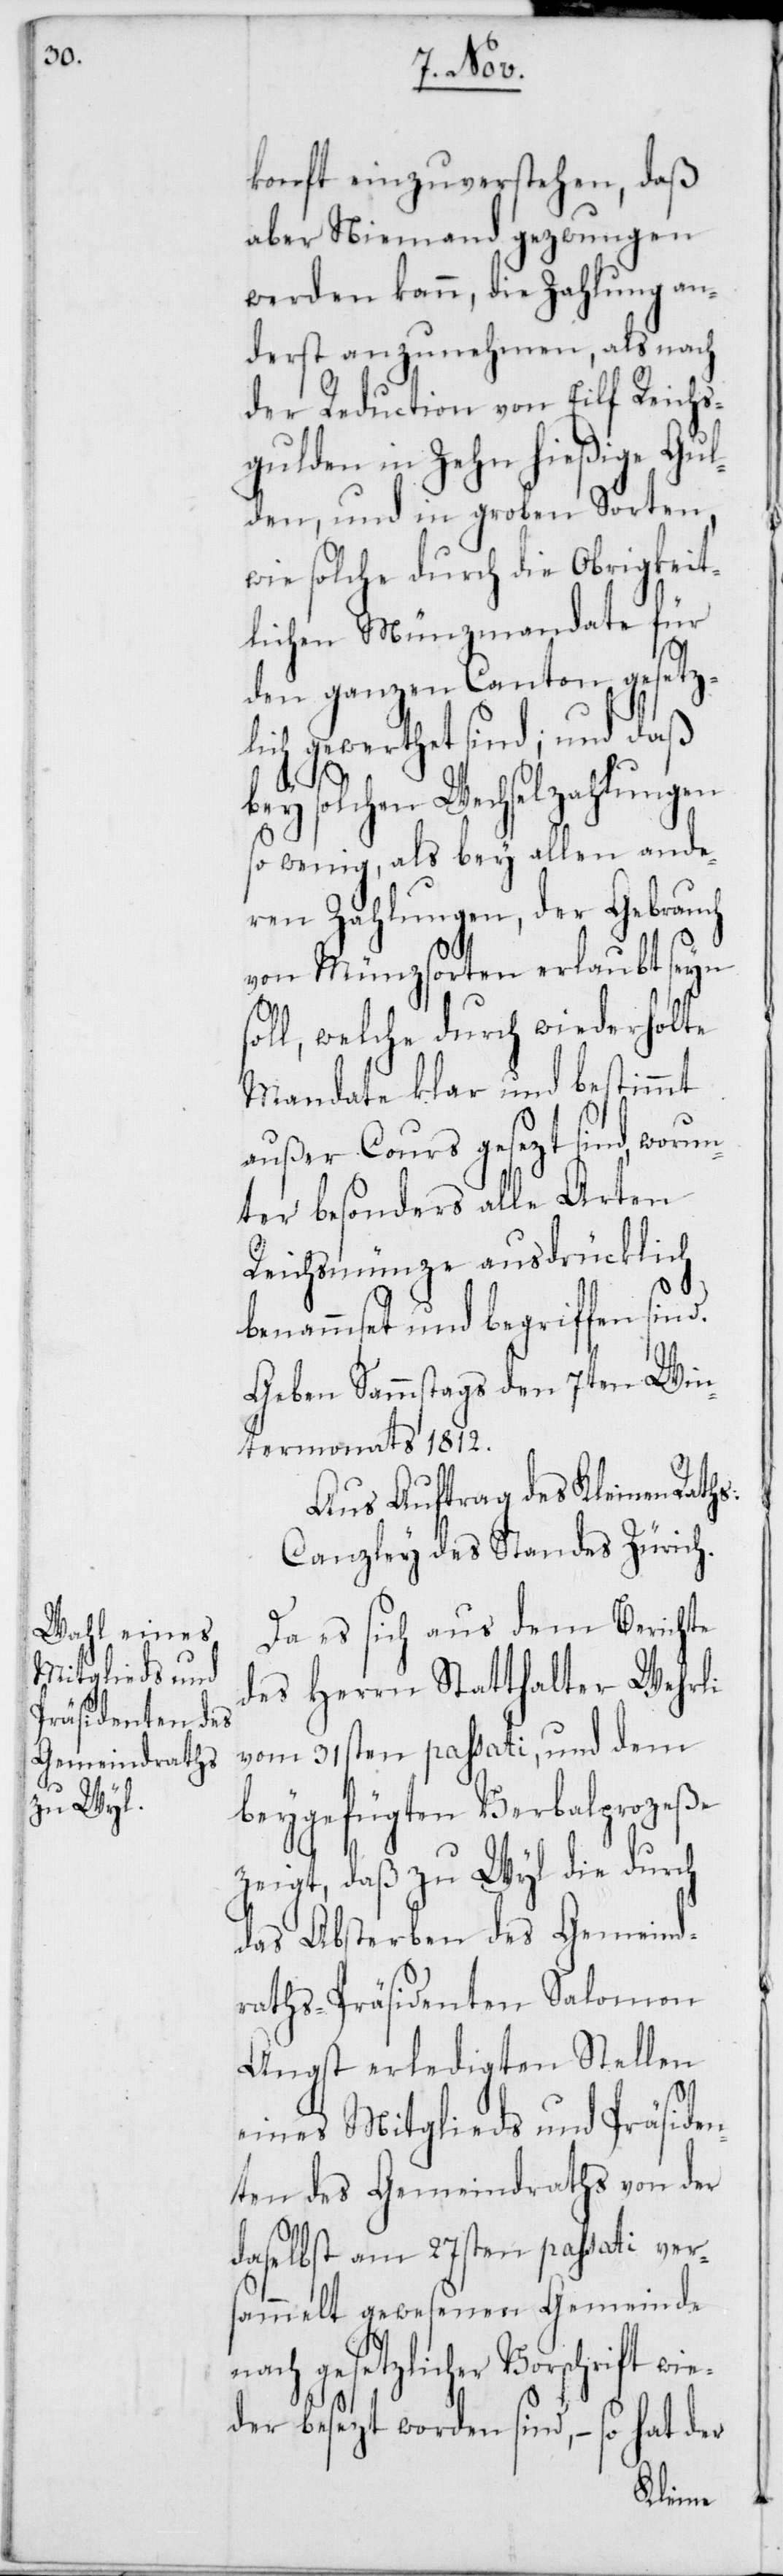
konft einzuverstehen, daß
aber Niemand gezwungen
werden kann, die Zahlung an¬
derst anzunehmen, als nach
der Reduction von Eilf Reichs¬
gulden in Zehn hießige Gul¬
den, und in groben Sorten,
wie solche durch die Obrigkeit¬
lichen Münzmandate für
den ganzen Canton gesetzl¬
ich gewerthet sind; und daß
bey solchen Wechselzahlungen
so wenig, als bey allen ande¬
ren Zahlungen, der Gebrauch
von Münzsorten erlaubt seyn
ll, welche durch wiederholte
Mandate klar und bestimmt
außer Cours gesezt sind, worun¬
ter besonders alle Arten
Reichsmünze ausdrücklich
benammset und begriffen sind.
Geben Sammstags den 7ten Win¬
termonats 1812.
Aus Auftrag des Kleinen Raths:
Canzley des Standes Zürich.
so¬
Da es sich aus dem Berichte
des Herrn Statthalter Wehrli
vom 31sten passati, und dem
beygefügten Verbalprozeße
zeigt, daß zu Wyl die durch
das Absterben des Gemeind¬
raths-Präsidenten Salomon
Angst erledigten Stellen
eines Mitglieds und Präsiden¬
ten des Gemeindraths von der
daselbst am 27sten passati ver¬
sammelt gewesenen Gemeinde
gesetzlicher Vorschrift wi¬
eder besezt worden sind, – so hat der